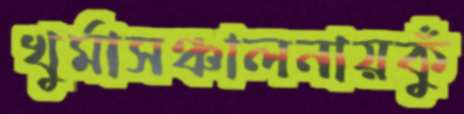
খুর্মাসঞ্চালনায়কুঁ